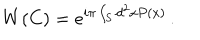
W ( C ) = e ^ { i \pi \int _ { S } d ^ { 2 } x P ( x ) } \, .